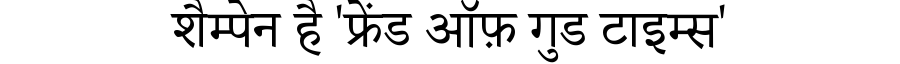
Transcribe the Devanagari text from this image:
शैम्पेन है 'फ्रेंड ऑफ़ गुड टाइम्स'